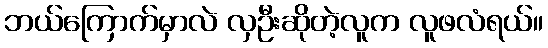
ဘယ်ကြောက်မှာလဲ လှဦးဆိုတဲ့လူက လူဖလံရယ်။